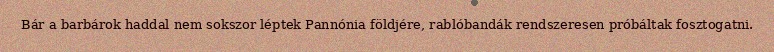
Bár a barbárok haddal nem sokszor léptek Pannónia földjére, rablóbandák rendszeresen próbáltak fosztogatni.